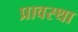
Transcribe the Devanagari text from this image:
प्रावस्‍था